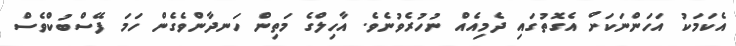
އެކަމަކު އަހަންނަކަށް އެގޮތުގައި ދެމިއެއް ނުހުރެވުނެވެ. އާހިލްގެ މަތިން ހަނދާންވެގެން ހަމަ ފޭސްބުކްވެސް